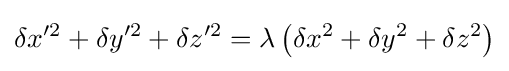
\delta x^{\prime 2}+\delta y^{\prime 2}+\delta z^{\prime 2}=\lambda \left(\delta x^{2}+\delta y^{2}+\delta z^{2}\right)